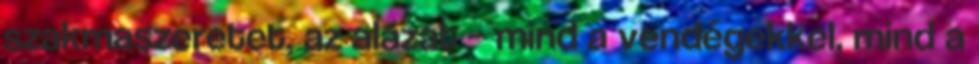
szakmaszeretet, az alázat – mind a vendégekkel, mind a